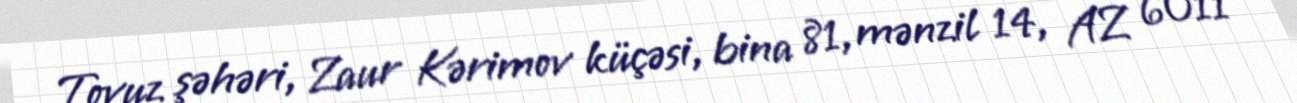
Tovuz şəhəri, Zaur Kərimov küçəsi, bina 81, mənzil 14, AZ 6011